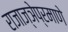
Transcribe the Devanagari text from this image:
राजाज्ञेप्रमाणे